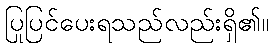
ပြုပြင်ပေးရသည်လည်းရှိ၏။